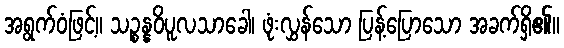
အရွက်ဝံဖြင့်။ သဉ္စန္နဝိပူလသာခေါ၊ ဖုံးလွှန်သော ပြန့်ပြောသော အခက်ရှိ၏။